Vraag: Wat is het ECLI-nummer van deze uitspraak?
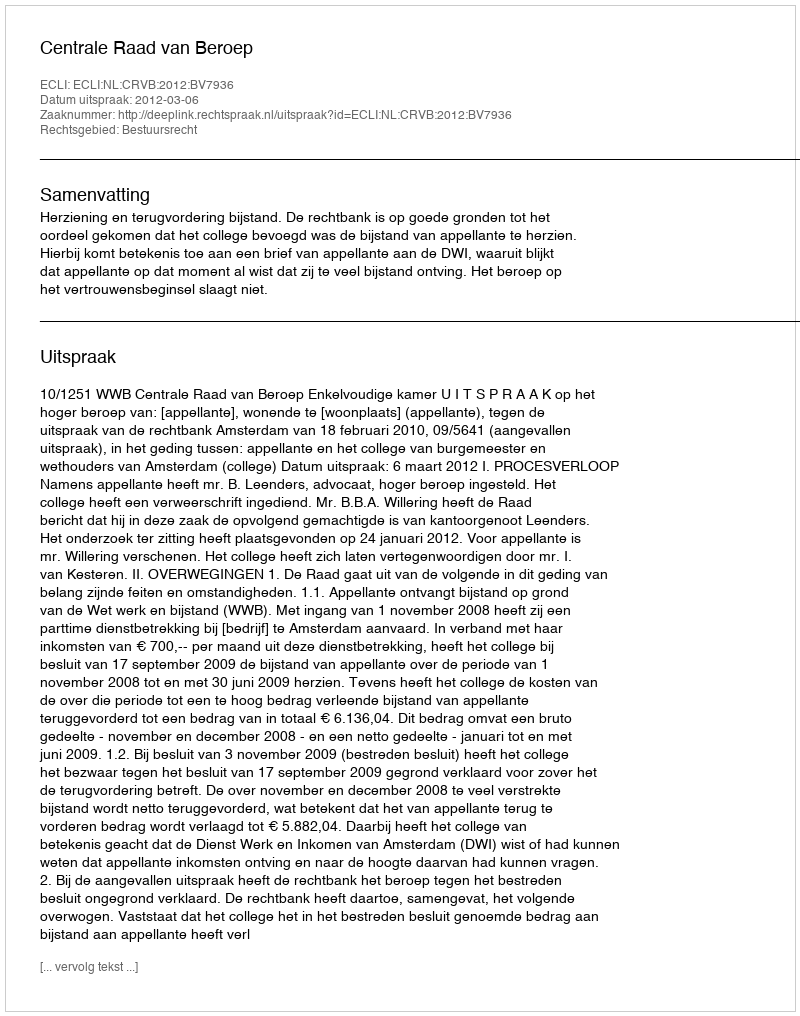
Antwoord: ECLI:NL:CRVB:2012:BV7936